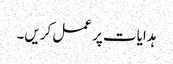
ہدایات پر عمل کریں۔